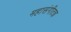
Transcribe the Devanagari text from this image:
महासंगीतज्ञ